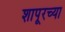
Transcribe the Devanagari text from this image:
शापूरच्या